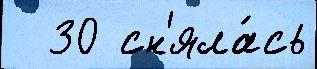
  30 сн'яла́сь